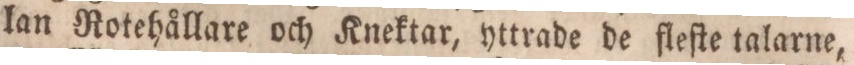
lan Rotehållare och Knektar, yttrade de fleſte talarne,